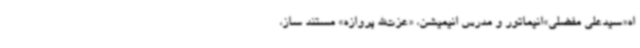
اه«سیدعلی مفضلی»انیماتور و مدرس انیمیشن، «عزت‌الله پروازه» مستند ساز،